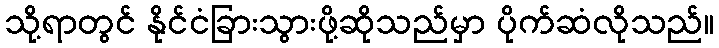
သို့ရာတွင် နိုင်ငံခြားသွားဖို့ဆိုသည်မှာ ပိုက်ဆံလိုသည်။